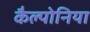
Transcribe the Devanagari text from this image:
कैल्पोनिया